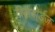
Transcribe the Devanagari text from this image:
बिलबोर्डज